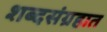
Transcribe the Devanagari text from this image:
शब्दसंग्रहात